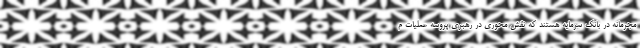
مجرمانه در بانک سرمایه هستند که نقش محوری در رهبری پروسه عملیات م